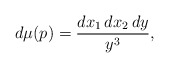
\begin{align*} d\mu(p)=\frac{dx_{1}\,dx_{2}\,dy}{y^{3}}, \end{align*}